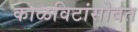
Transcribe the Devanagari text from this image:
काळविटांसोबत